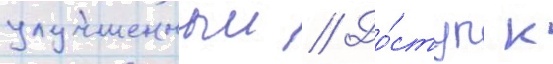
улучшенныи // До́ступ к